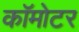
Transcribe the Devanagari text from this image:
कॉमोटर